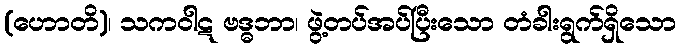
(ဟောတိ)၊ သကဝါဋ ဗဒ္ဓဘာ၊ ဖွဲ့တပ်အပ်ပြီးသော တံခါးရွက်ရှိသော